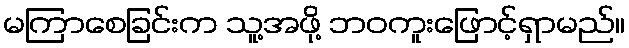
မကြာစေခြင်းက သူ့အဖို့ ဘဝကူးဖြောင့်ရှာမည်။